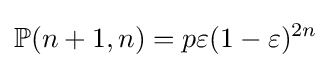
\mathbb {P} (n+1,n)=p\varepsilon (1-\varepsilon )^{2n}